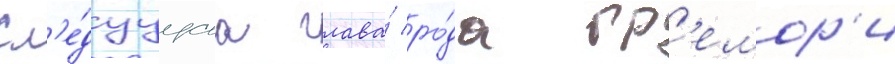
Сл'е́дуущаа глава́ ро́да гр'емор'и